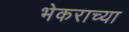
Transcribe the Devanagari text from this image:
भेकराच्या